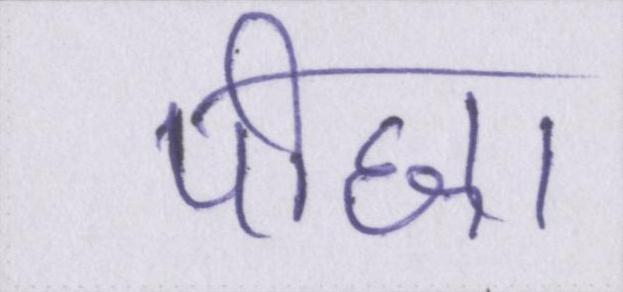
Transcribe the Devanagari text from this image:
पीछा